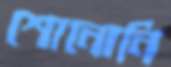
শোনোনি